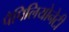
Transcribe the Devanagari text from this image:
पैपिलियोनेटी